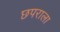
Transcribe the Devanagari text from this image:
छपराला